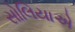
સોલિયાએ